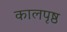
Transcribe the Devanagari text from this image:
कालपृष्ठ